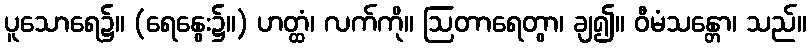
ပူသောရေ၌။ (ရေနွေး၌။) ဟတ္ထံ၊ လက်ကို။ ဩတာရေတွာ၊ ချ၍။ ဝီမံသန္တော၊ သည်။